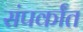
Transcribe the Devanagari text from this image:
संपर्कांत